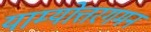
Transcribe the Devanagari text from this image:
याम्योत्तरगमन